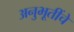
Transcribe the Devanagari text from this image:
अनुभूतींचे